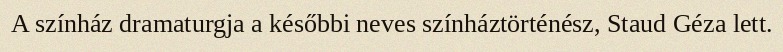
A színház dramaturgja a későbbi neves színháztörténész, Staud Géza lett.